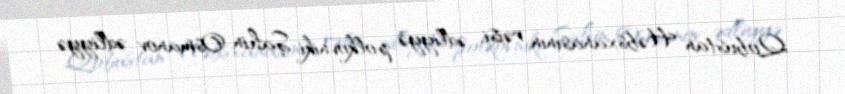
Qobustan Həbsxanasının rəisi, ədliyyə polkovniki Şahin Osmanov ədliyyə